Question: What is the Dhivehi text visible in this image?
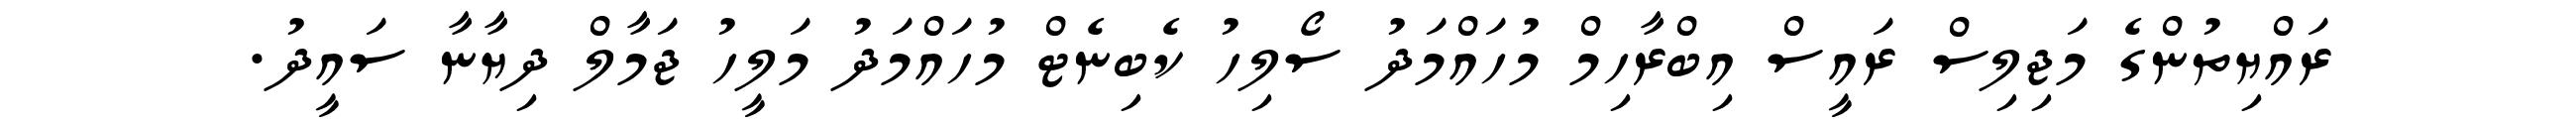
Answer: ރައްޔިތުންގެ މަޖިލިސް ރައީސް އިބްރާހިމް މުހައްމަދު ސޯލިހު ކެބިނެޓް މުހައްމަދު މަލީހު ޖަމާލް ދިޔާނާ ސައީދު.